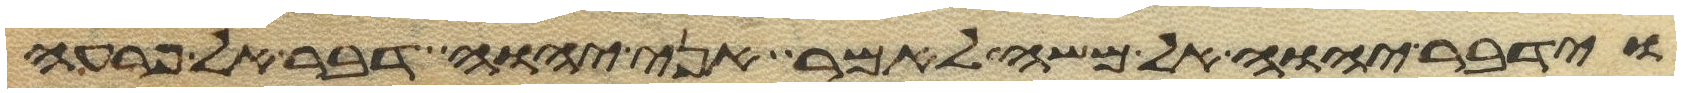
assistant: וידבר יהוה אל משה לאמר אני יהוה דבר אל פרעה